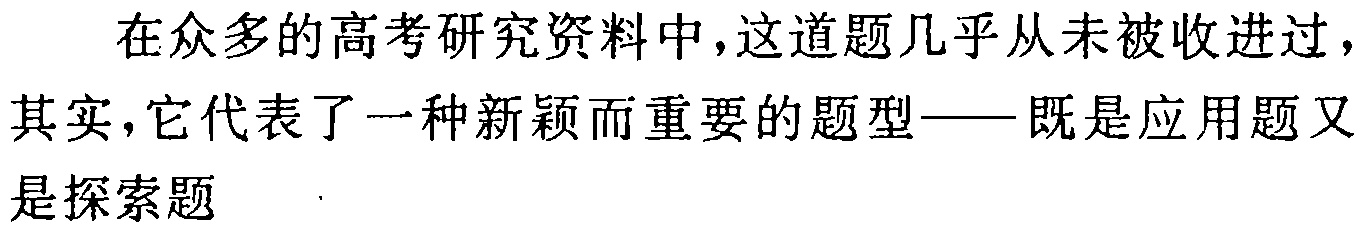
在众多的高考研究资料中，这道题几乎从未被收进过，其实，它代表了一种新颖而重要的题型——既是应用题又是探索题